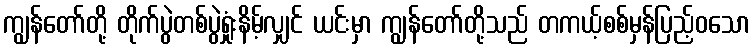
ကျွန်တော်တို့ တိုက်ပွဲတစ်ပွဲရှုံးနိမ့်လျှင် ယင်းမှာ ကျွန်တော်တို့သည် တကယ့်စစ်မှန်ပြည့်ဝသော